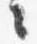
々